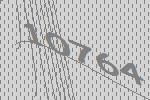
10764